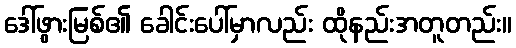
ဒေါ်ဖွားမြစ်၏ ခေါင်းပေါ်မှာလည်း ထိုနည်းအတူတည်း။